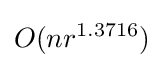
O(nr^{1.3716})